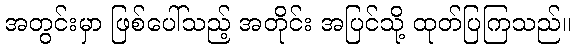
အတွင်းမှာ ဖြစ်ပေါ်သည့် အတိုင်း အပြင်သို့ ထုတ်ပြကြသည်။